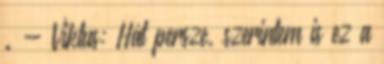
. - Viktus: Hát persze, szerintem is ez a